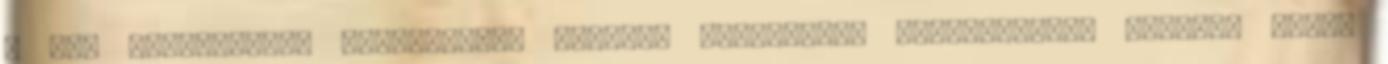
a hal kimondottan egészséges: omega-3 telítetlen zsírsavakban gazdag, magas